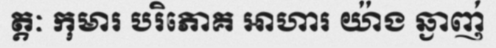
ត្តៈ កុមារ បរិភោគ អាហារ យ៉ាង ឆ្ងាញ់